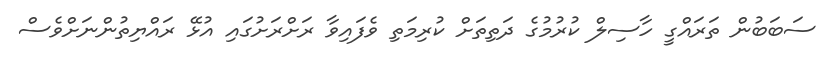
ސަބަބުން ތަރައްގީ ހާސިލް ކުރުމުގެ ދަތިތަށް ކުރިމަތި ވެފައިވާ ރަށްރަށުގައި އުޅޭ ރައްޔިތުންނަށްވެސް